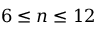
6 \leq n \le { 1 2 }